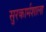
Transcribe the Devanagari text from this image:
सुरकार्मशाला